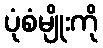
ပုံစံမျိုးကို